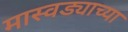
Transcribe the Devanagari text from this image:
मास्वड्याच्या